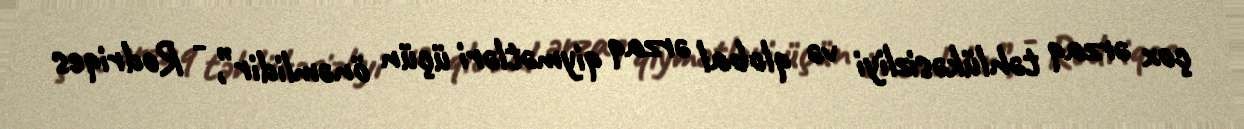
çox ərzaq təhlükəsizliyi və qlobal ərzaq qiymətləri üçün önəmlidir”, - Rodriqes